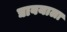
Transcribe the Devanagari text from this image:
द्यावयाला